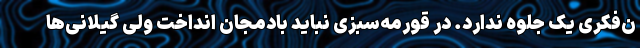
ن‌فکری یک جلوه ندارد. در قورمه‌سبزی نباید بادمجان انداخت ولی گیلانی‌ها